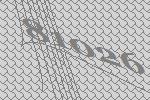
81026